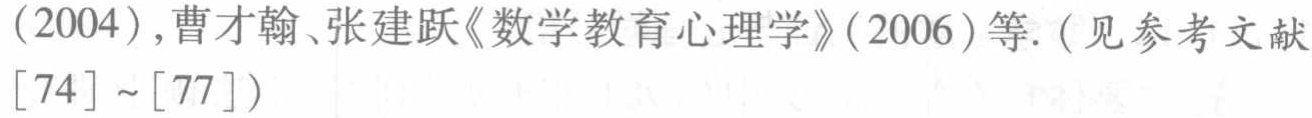
(2004),曹才翰、张建跃《数学教育心理学》(2006)等. (见参考文献[74]~[77])